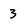
Character: 3